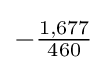
-{\tfrac {1,677}{460}}